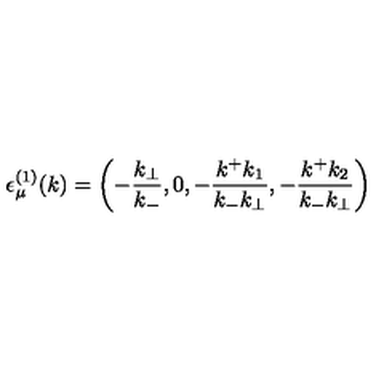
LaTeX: { \epsilon } _ { \mu } ^ { ( 1 ) } ( k ) = \left( - \frac { k _ { \bot } } { k _ { - } } , 0 , - \frac { k ^ { + } k _ { 1 } } { k _ { - } k _ { \bot } } , - \frac { k ^ { + } k _ { 2 } } { k _ { - } k _ { \bot } } \right)